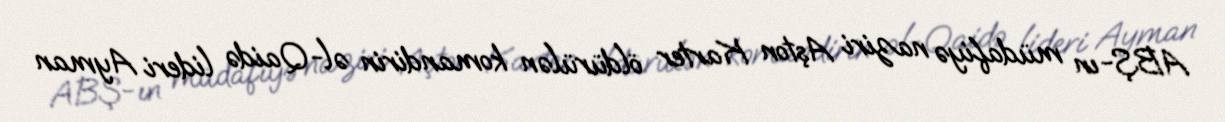
ABŞ-ın müdafiyə naziri Aşton Karter öldürülən komandirin əl-Qaidə lideri Ayman